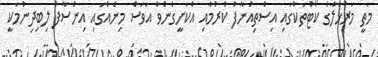
މަތީ މަރުހަލާގެ ކޯޓުތަކުގައި އިސްތިއުނާފު ކުރުމާއި އެކަށީގެންވާ އަވަސް މިނެއްގައި އިންސާފު ލިބިދިނުމަކީ